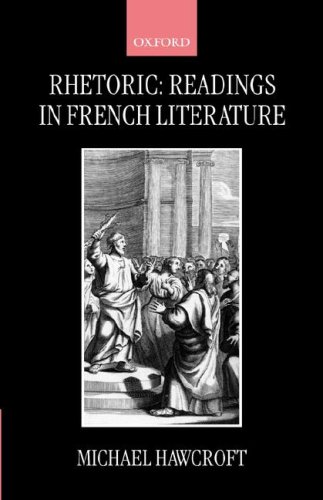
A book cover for Rhetoric: Readings in French Literature; Michael Hawcroft; Law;